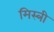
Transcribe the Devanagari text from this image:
मिस्‍त्री